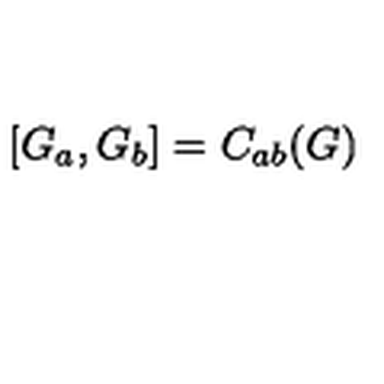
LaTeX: [ G _ { a } , G _ { b } ] = C _ { a b } ( G )